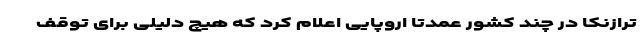
ترازنکا در چند کشور عمدتا اروپایی اعلام کرد که هیچ دلیلی برای توقف